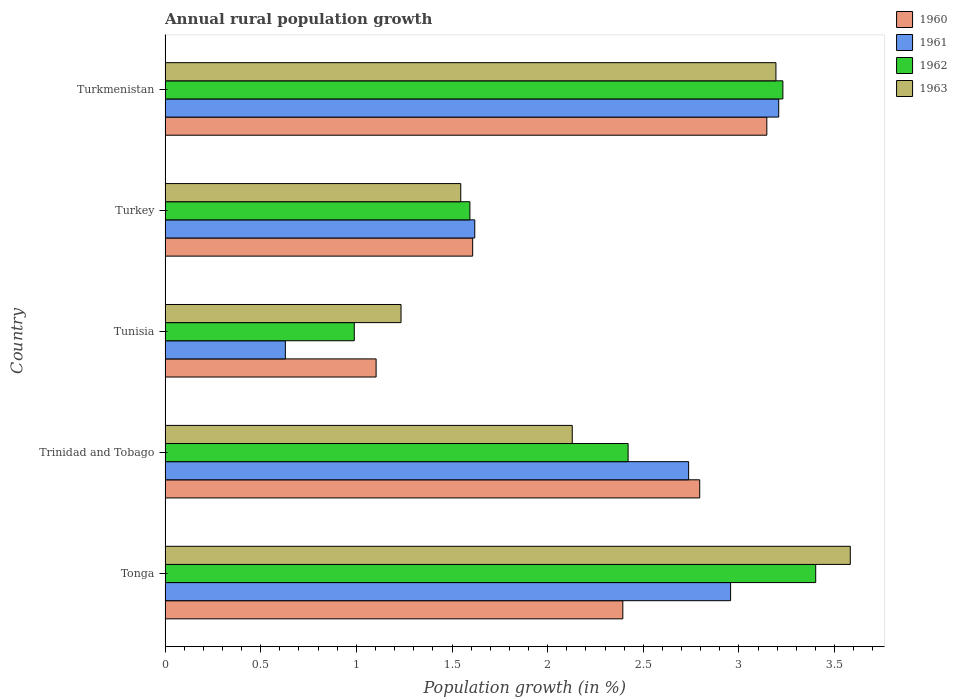
| Country | 1960 | 1961 | 1962 | 1963 |
 | --- | --- | --- | --- | --- |
 | Tonga | 2.39 | 2.96 | 3.4 | 3.58 |
 | Trinidad and Tobago | 2.8 | 2.74 | 2.42 | 2.13 |
 | Tunisia | 1.1 | 0.629 | 0.989 | 1.23 |
 | Turkey | 1.61 | 1.62 | 1.59 | 1.55 |
 | Turkmenistan | 3.15 | 3.21 | 3.23 | 3.19 |